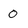
Character: 0